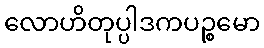
လောဟိတုပ္ပါဒကပဉ္စမော